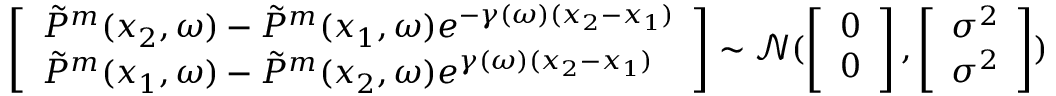
\left[ \begin{array} { l } { \Tilde { P } ^ { m } ( x _ { 2 } , \omega ) - \Tilde { P } ^ { m } ( x _ { 1 } , \omega ) e ^ { - \gamma ( \omega ) ( x _ { 2 } - x _ { 1 } ) } } \\ { \Tilde { P } ^ { m } ( x _ { 1 } , \omega ) - \Tilde { P } ^ { m } ( x _ { 2 } , \omega ) e ^ { \gamma ( \omega ) ( x _ { 2 } - x _ { 1 } ) } } \end{array} \right] \sim \mathcal { N } ( \left[ \begin{array} { l } { 0 } \\ { 0 } \end{array} \right] , \left[ \begin{array} { l } { \sigma ^ { 2 } } \\ { \sigma ^ { 2 } } \end{array} \right] )